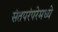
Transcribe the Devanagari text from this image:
संतपरंपरेमध्ये